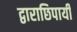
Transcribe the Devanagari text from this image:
द्वाराछिपायी